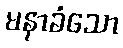
မနာခံသော